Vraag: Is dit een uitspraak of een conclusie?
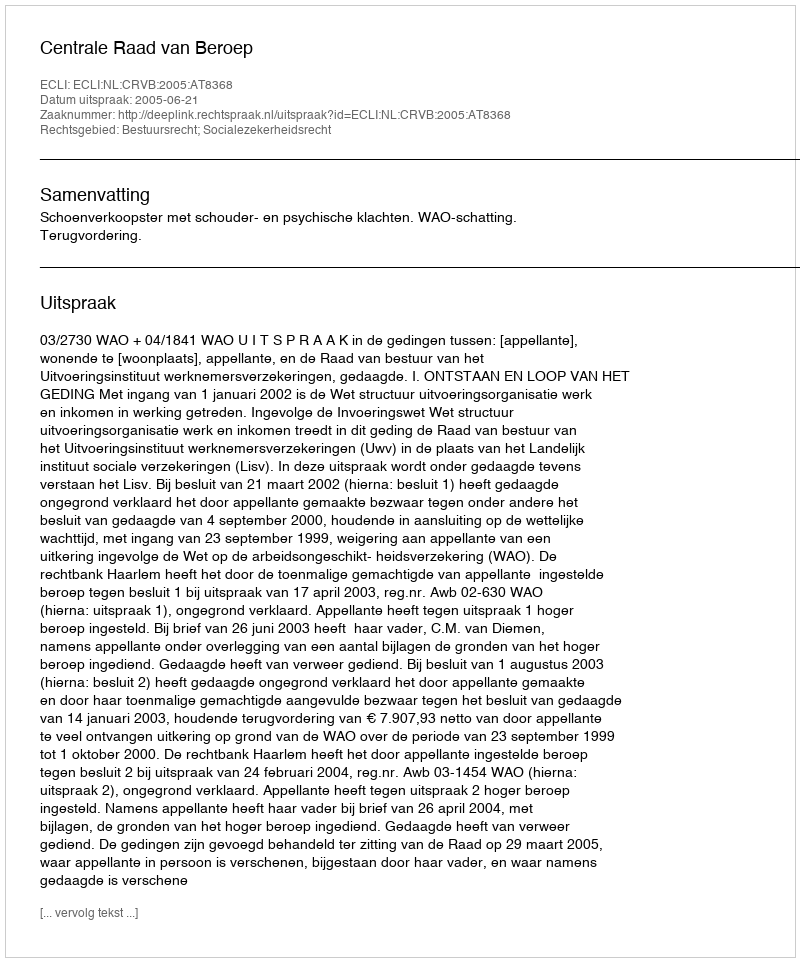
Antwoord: Uitspraak